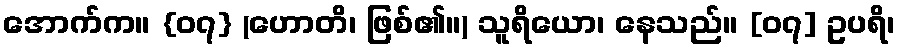
အောက်က။ {၀၇} (ဟောတိ၊ ဖြစ်၏။) သူရိယော၊ နေသည်။ [၀၇] ဥပရိ၊